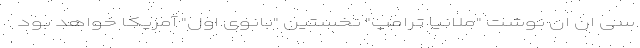
سی ‌ان ‌ان نوشت "ملانیا ترامپ" نخستین "بانوی اول" آمریکا خواهد بود